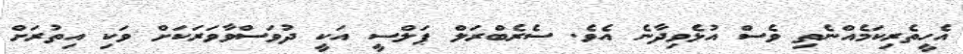
އެހީތެރިކަމެއްނެތި ވެސް އުޅެވިދާނެ އެވެ. ސެރެބްރަލް ޕަލްސީ އަކީ ދުވަސްވާވަރަކަށް ވަކި އިތުރަށް